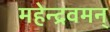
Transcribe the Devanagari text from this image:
महेन्द्रवमन्